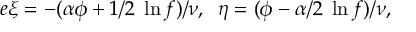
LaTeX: e \xi = - ( \alpha \phi + 1 / 2 \; \ln f ) / \nu , \; \; \eta = ( \phi - \alpha / 2 \; \ln f ) / \nu ,